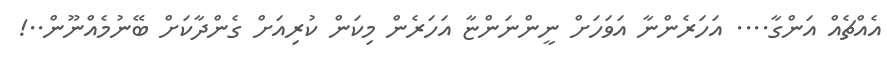
އެއްޗެއް އަންގާ.... އަހަރެންނާ އަވަހަށް ނީންނަންޏާ އަހަރެން މިކަން ކުރިއަށް ގެންދާކަށް ބޭނުމެއްނޫން..!